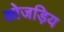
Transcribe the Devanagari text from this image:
ओजड़िय